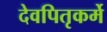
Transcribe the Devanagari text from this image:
देवपितृकर्मे